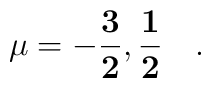
\mathbf{\mu = -\frac{3}{2}, \frac{1}{2}}\quad.